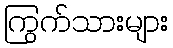
ကြွက်သားများ